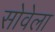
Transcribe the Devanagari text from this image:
सोवेला